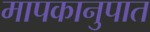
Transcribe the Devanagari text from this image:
मापकानुपात